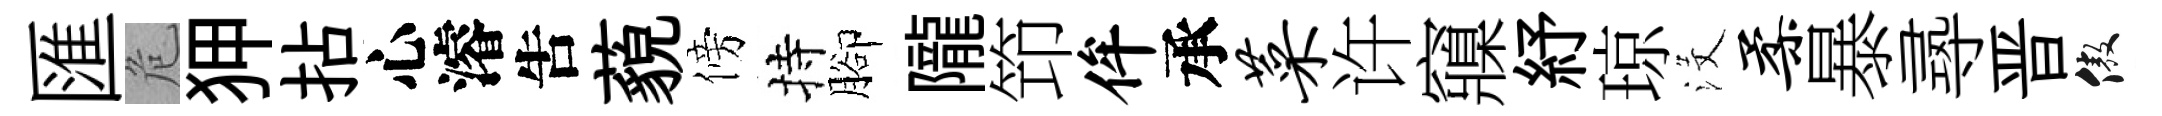
匯危狎拈心濬吿藐傍持腳隴笻侔承菜许䆿紓琼沒柔暴𡬶晋傲